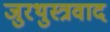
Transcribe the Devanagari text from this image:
जुरथुस्त्रवाद